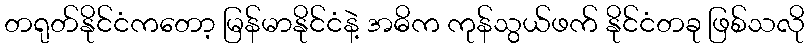
တရုတ်နိုင်ငံကတော့ မြန်မာနိုင်ငံနဲ့ အဓိက ကုန်သွယ်ဖက် နိုင်ငံတခု ဖြစ်သလို